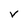
Character: V